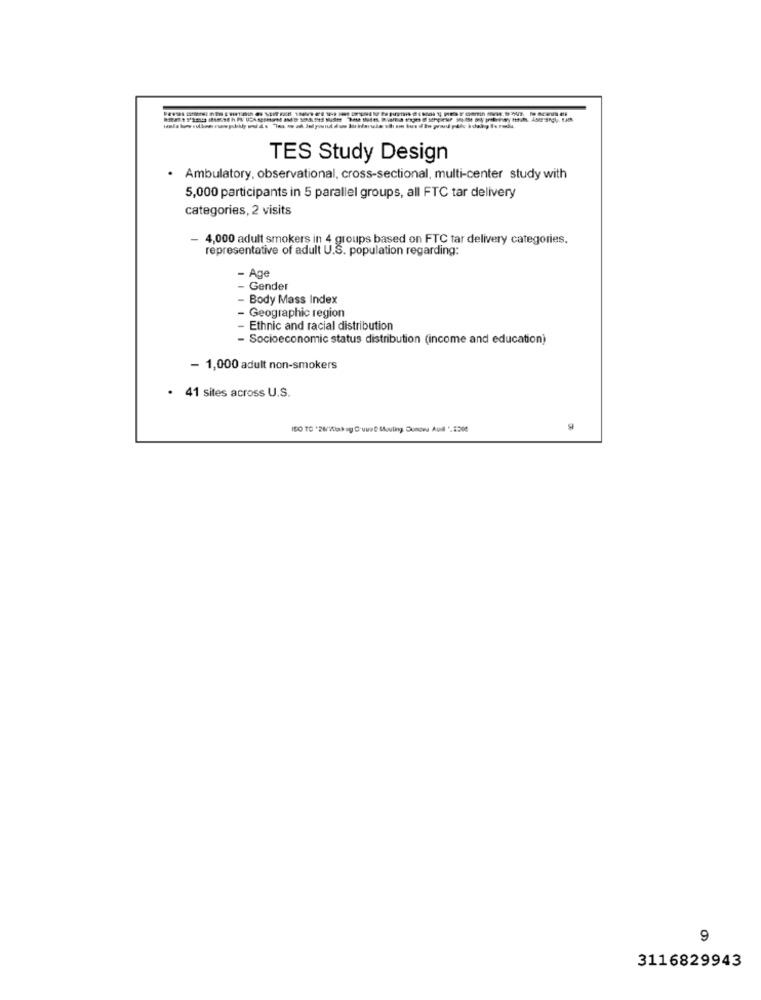
TES Study Design
· Ambulatory, observational, cross-sectional, multi-center study with
5,000 participants in 5 parallel groups, all FTC tar delivery
categories, 2 visits
4,000 adult smokers in 4 groups based on FTC tar delivery categories.
representative of adult U.S. population regarding:
- Age
- Gender
Body Mass Index
- Geographic region
Ethnic and racial distribution
- Socioeconomic status distribution (income and education)
- 1,000 adult non-smokers
· 41 sites across U.S.
ISO TO *28/10ak ag Guus Mouling Dunow Aull '.2200
9
3116829943